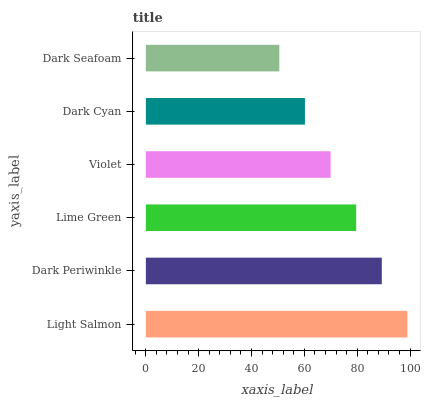
| yaxis_label | bars |
 | --- | --- |
 | Light Salmon | 99 |
 | Dark Periwinkle | 89.3 |
 | Lime Green | 79.6 |
 | Violet | 69.9 |
 | Dark Cyan | 60.2 |
 | Dark Seafoam | 50.5 |